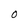
Character: O